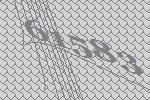
61583